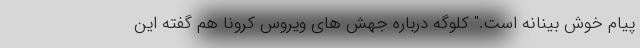
پیام خوش بینانه است." کلوگه درباره جهش های ویروس کرونا هم گفته این